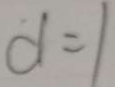
d = 1